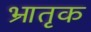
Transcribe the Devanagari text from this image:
भ्रातृक